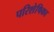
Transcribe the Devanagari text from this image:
परिशेषिका